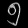
Digit: ၅